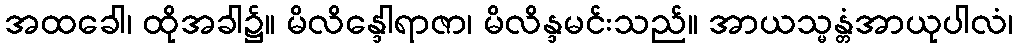
အထခေါ၊ ထိုအခါ၌။ မိလိန္ဒေါရာဇာ၊ မိလိန္ဒမင်းသည်။ အာယသ္မန္တံအာယုပါလံ၊